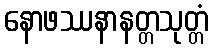
နောဖဿနာနတ္တသုတ္တံ